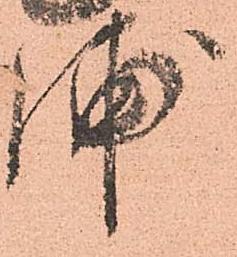
浦